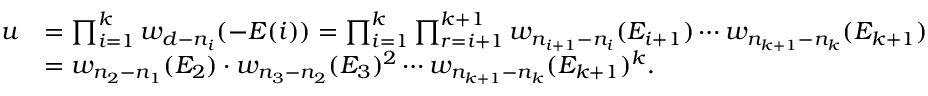
\begin{array} { r l } { u } & { = \prod _ { i = 1 } ^ { k } w _ { d - n _ { i } } ( - E ( i ) ) = \prod _ { i = 1 } ^ { k } \prod _ { r = i + 1 } ^ { k + 1 } w _ { n _ { i + 1 } - n _ { i } } ( E _ { i + 1 } ) \cdots w _ { n _ { k + 1 } - n _ { k } } ( E _ { k + 1 } ) } \\ & { = w _ { n _ { 2 } - n _ { 1 } } ( E _ { 2 } ) \cdot w _ { n _ { 3 } - n _ { 2 } } ( E _ { 3 } ) ^ { 2 } \cdots w _ { n _ { k + 1 } - n _ { k } } ( E _ { k + 1 } ) ^ { k } . } \end{array}